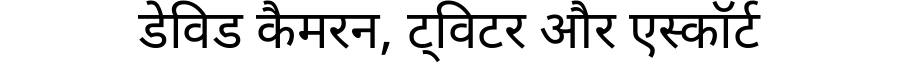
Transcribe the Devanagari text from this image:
डेविड कैमरन, ट्विटर और एस्कॉर्ट